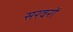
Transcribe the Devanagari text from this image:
सरवरों